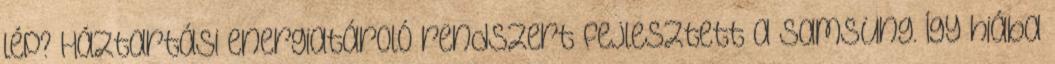
lép? Háztartási energiatároló rendszert fejlesztett a Samsung. Így hiába